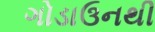
ગોડાઉનથી